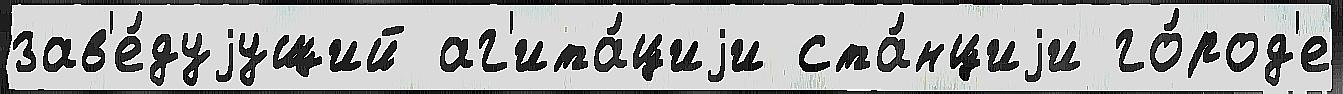
зав'е́дуjущий аг'ита́циjи ста́нциjи го́род'е